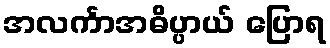
အလင်္ကာအဓိပ္ပာယ် ပြောရ